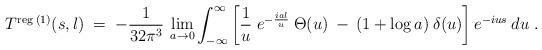
LaTeX: \begin{align*}T^{\mbox{\scriptsize{reg}}\:(1)}(s,l) \;=\; -\frac{1}{32 \pi^3} \:\lim_{a \rightarrow 0} \int_{-\infty}^\infty \left[ \frac{1}{u}\;e^{-\frac{i a l}{u}} \:\Theta(u) \:-\: (1+\log a) \:\delta(u) \right]e^{-i u s} \:du \;.\end{align*}